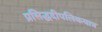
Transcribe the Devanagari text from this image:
प्रसिद्धदीपलिकयात्र